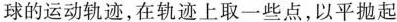
球的运动轨迹，在轨迹上取一些点，以平抛起